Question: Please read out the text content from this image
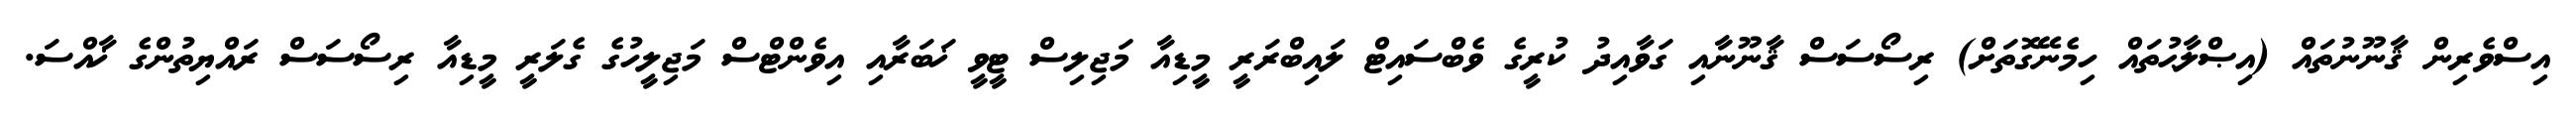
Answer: އިސްވެރިން ޤާނޫނުތައް (އިޞްލާޙުތައް ހިމެނޭގޮތަށް) ރިސޯސަސް ޤާނޫނާއި ގަވާއިދު ކުރީގެ ވެބްސައިޓް ލައިބްރަރީ މީޑިއާ މަޖިލިސް ޓީވީ ޚަބަރާއި އިވެންޓްސް މަޖިލީހުގެ ގެލަރީ މީޑިއާ ރިސޯސަސް ރައްޔިތުންގެ ޚާއްސަ.